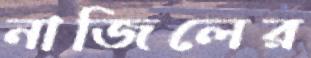
নাজিলের